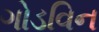
ગોડવિન